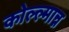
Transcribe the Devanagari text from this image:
कोल्ल्मान्न